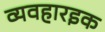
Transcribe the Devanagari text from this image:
व्यवहारइक